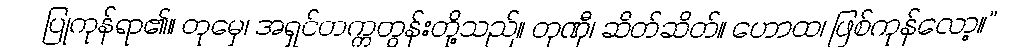
ပြုကုန်ရာ၏။ တုမှေ၊ အရှင်တက္ကတွန်းတို့သည်။ တုဏှီ၊ ဆိတ်ဆိတ်။ ဟောထ၊ ဖြစ်ကုန်လော့။”